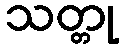
သတ္တု